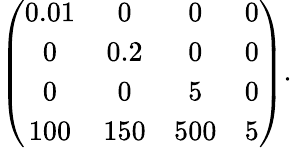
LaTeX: \left(\begin{array}{cccc}{{0.01}}&{{0}}&{{0}}&{{0}}\\ {{0}}&{{0.2}}&{{0}}&{{0}}\\ {{0}}&{{0}}&{{5}}&{{0}}\\ {{100}}&{{150}}&{{500}}&{{5}}\end{array}\right).